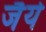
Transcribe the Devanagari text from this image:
जैये